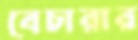
বেচারার